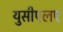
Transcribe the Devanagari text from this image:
युसीएलए